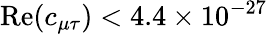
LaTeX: \mathrm{Re}(c_{\mu\tau})<4.4\times 10^{-27}